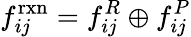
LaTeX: f_{ij}^{\mathrm{rxn}}=f_{ij}^{R}\oplus f_{ij}^{P}